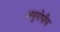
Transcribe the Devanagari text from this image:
अयूरोपीय